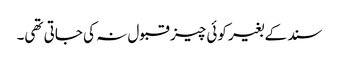
سند کے بغیر کوئی چیز قبول نہ کی جاتی تھی۔